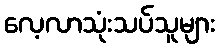
လေ့လာသုံးသပ်သူများ